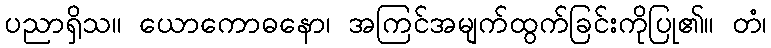
ပညာရှိသ။ ယောကောဓနော၊ အကြင်အမျက်ထွက်ခြင်းကိုပြု၏။ တံ၊